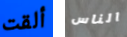
ألقت الناس